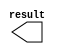
// megafunction wizard: %LPM_CONSTANT%VBB%
// GENERATION: STANDARD
// VERSION: WM1.0
// MODULE: LPM_CONSTANT 

// ============================================================
// Megafunction Name(s):
// 			LPM_CONSTANT
//
// Simulation Library Files(s):
// 			lpm
// ============================================================
// ************************************************************
// THIS IS A WIZARD-GENERATED FILE. DO NOT EDIT THIS FILE!
//
// 18.1.0 Build 625 09/12/2018 SJ Lite Edition
// ************************************************************

//Copyright (C) 2018  Intel Corporation. All rights reserved.
//Your use of Intel Corporation's design tools, logic functions 
//and other software and tools, and its AMPP partner logic 
//functions, and any output files from any of the foregoing 
//(including device programming or simulation files), and any 
//associated documentation or information are expressly subject 
//to the terms and conditions of the Intel Program License 
//Subscription Agreement, the Intel Quartus Prime License Agreement,
//the Intel FPGA IP License Agreement, or other applicable license
//agreement, including, without limitation, that your use is for
//the sole purpose of programming logic devices manufactured by
//Intel and sold by Intel or its authorized distributors.  Please
//refer to the applicable agreement for further details.

module const_closeGrip (
	result);

	output	[25:0]  result;

endmodule

// ============================================================
// CNX file retrieval info
// ============================================================
// Retrieval info: PRIVATE: INTENDED_DEVICE_FAMILY STRING "Cyclone V"
// Retrieval info: PRIVATE: JTAG_ENABLED NUMERIC "0"
// Retrieval info: PRIVATE: JTAG_ID STRING "NONE"
// Retrieval info: PRIVATE: Radix NUMERIC "10"
// Retrieval info: PRIVATE: SYNTH_WRAPPER_GEN_POSTFIX STRING "0"
// Retrieval info: PRIVATE: Value NUMERIC "30000"
// Retrieval info: PRIVATE: nBit NUMERIC "26"
// Retrieval info: PRIVATE: new_diagram STRING "1"
// Retrieval info: LIBRARY: lpm lpm.lpm_components.all
// Retrieval info: CONSTANT: LPM_CVALUE NUMERIC "30000"
// Retrieval info: CONSTANT: LPM_HINT STRING "ENABLE_RUNTIME_MOD=NO"
// Retrieval info: CONSTANT: LPM_TYPE STRING "LPM_CONSTANT"
// Retrieval info: CONSTANT: LPM_WIDTH NUMERIC "26"
// Retrieval info: USED_PORT: result 0 0 26 0 OUTPUT NODEFVAL "result[25..0]"
// Retrieval info: CONNECT: result 0 0 26 0 @result 0 0 26 0
// Retrieval info: GEN_FILE: TYPE_NORMAL const_closeGrip.v TRUE
// Retrieval info: GEN_FILE: TYPE_NORMAL const_closeGrip.inc TRUE
// Retrieval info: GEN_FILE: TYPE_NORMAL const_closeGrip.cmp TRUE
// Retrieval info: GEN_FILE: TYPE_NORMAL const_closeGrip.bsf TRUE
// Retrieval info: GEN_FILE: TYPE_NORMAL const_closeGrip_inst.v TRUE
// Retrieval info: GEN_FILE: TYPE_NORMAL const_closeGrip_bb.v TRUE
// Retrieval info: LIB_FILE: lpm